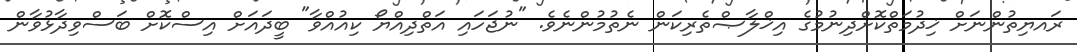
ރައޔިތުންނަށް ޚިދުމަތްކޮށްދިނުމުގެ އިޚްލާޞްތެރިކަން ނެތުމުންނެވެ. "ނުޖަހައި އަތްދިއްޔޯ ކިއުއްވާ" ބީދައަށް އިސްކޮށް ބަސްވިދާޅުވާން